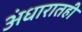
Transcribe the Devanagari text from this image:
अंधारातही